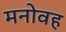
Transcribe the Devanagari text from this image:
मनोवह